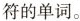
符的单词。